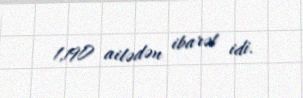
1,190 ailədən ibarət idi.